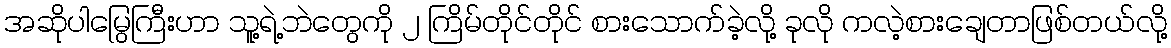
အဆိုပါမြွေကြီးဟာ သူ့ရဲ့ဘဲတွေကို ၂ ကြိမ်တိုင်တိုင် စားသောက်ခဲ့လို့ ခုလို ကလဲ့စားချေတာဖြစ်တယ်လို့